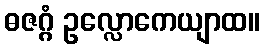
ဓဇဂ္ဂံ ဥလ္လောကေယျာထ။